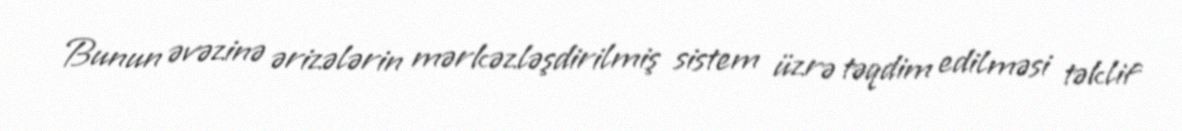
Bunun əvəzinə ərizələrin mərkəzləşdirilmiş sistem üzrə təqdim edilməsi təklif